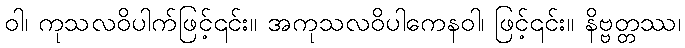
ဝါ၊ ကုသလဝိပါက်ဖြင့်၎င်း။ အကုသလဝိပါကေနဝါ၊ ဖြင့်၎င်း။ နိဗ္ဗတ္တဿ၊